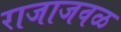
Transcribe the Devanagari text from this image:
राजाजवळ